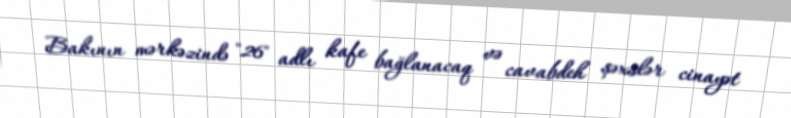
Bakının mərkəzində "26" adlı kafe bağlanacaq və cavabdeh şəxslər cinayət